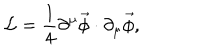
\mathcal { L } = \frac { 1 } { 4 } \partial ^ { \mu } \vec { \phi } \cdot \partial _ { \mu } \vec { \phi } ,